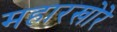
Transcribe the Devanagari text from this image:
महारखोरे